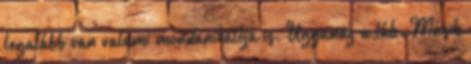
legalább van valami mondanivalója is. Ugyanaz a láb. Másik